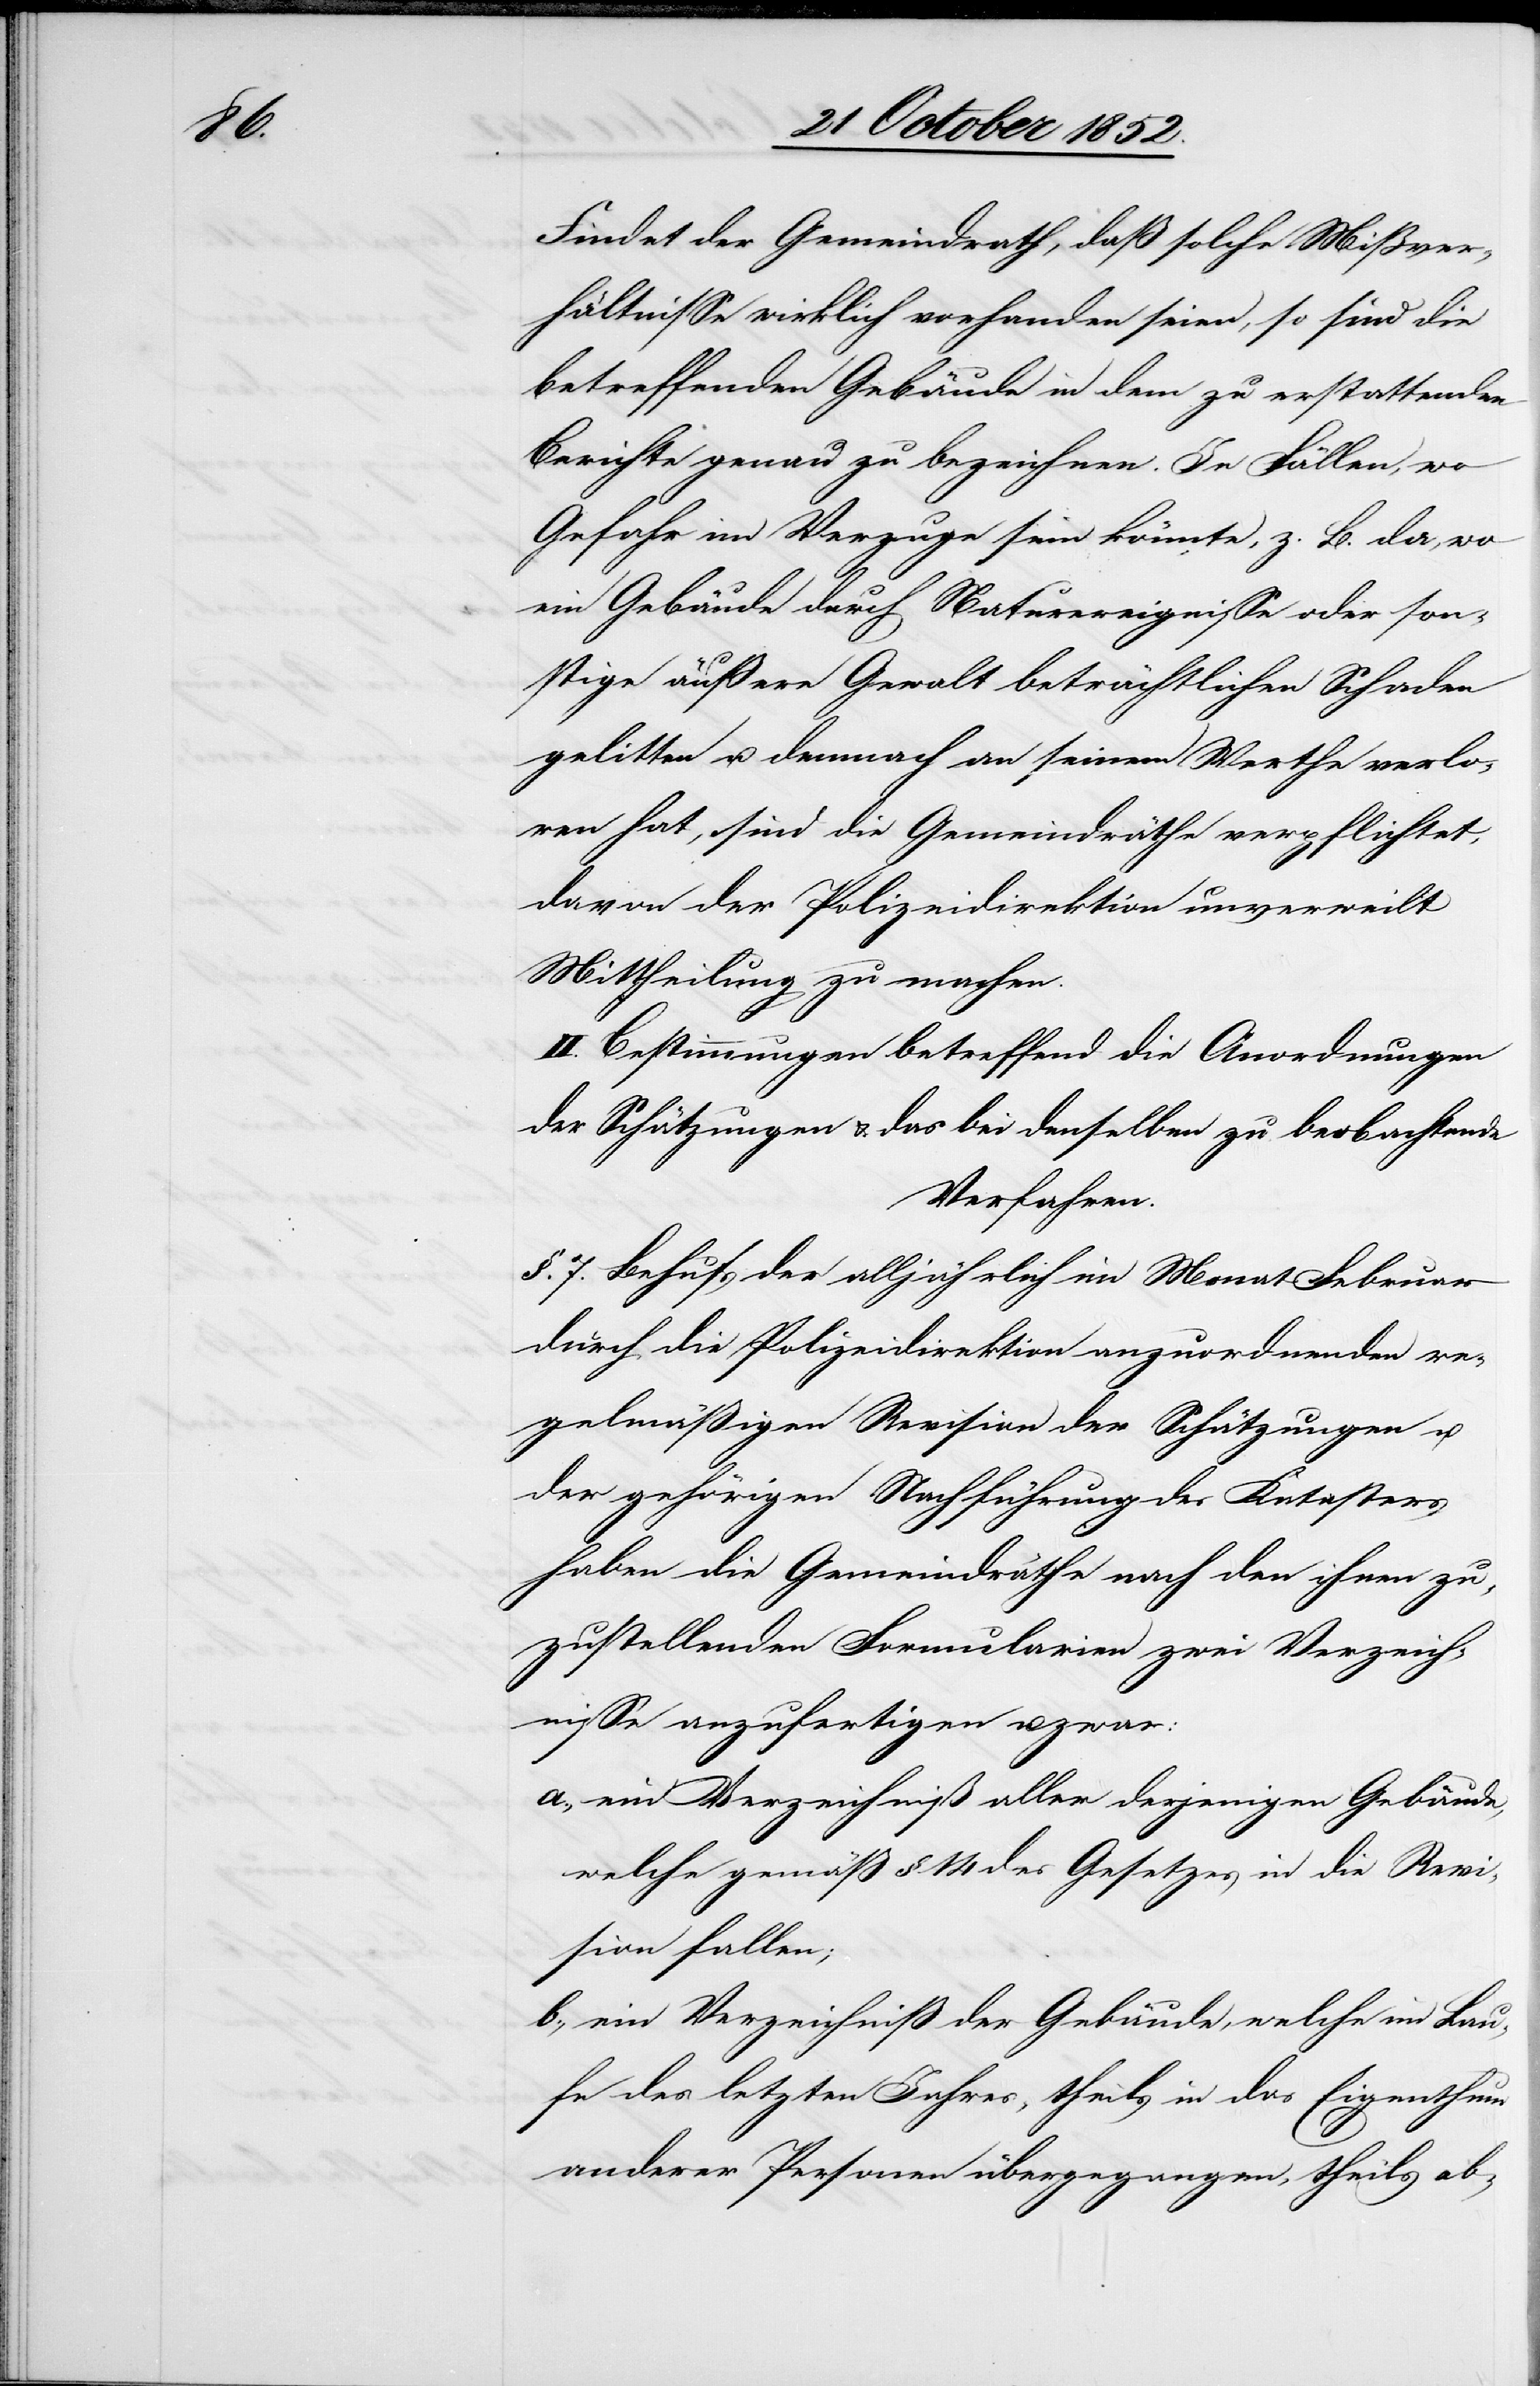
bei

Findet der Gemeindrath, daß solche Mißver¬
hältnisse wirklich vorhanden seien, so sind die
betreffenden Gebäude in dem zu erstattenden
Berichte genau zu bezeichnen. In Fällen, wo
Gefahr im Verzuge sein könnte, z. B. da, wo
ein Gebäude durch Naturereignisse oder son¬
stige äußere Gewalt beträchtlichen Schaden
gelitten u. demnach an seinem Werthe verlo¬
ren hat, sind die Gemeindräthe verpflichtet,
davon der Polizeidirektion unverweilt
Mittheilung zu machen.
II. Bestimmungen betreffend die Anordnungen
Verfahren.
§. 7. Behufs der alljährlich im Monat Februar
durch die Polizeidirektion anzuordnenden re¬
gelmäßigen Revision der Schätzungen u.
der gehörigen Nachführung des Katasters
haben die Gemeindräthe nach den ihnen zu¬
zustellenden Formularien zwei Verzeich¬
nisse anzufertigen u. zwar:
ein Verzeichniß aller derjenigen Gebäude,
welche gemäß §. 14 des Gesetzes in die Revi¬
sion fallen;
ein Verzeichniß der Gebäude, welche im Lau¬
fe des letzten Jahres, theils in das Eigenthum
anderer Personen übergegangen, theils ab-